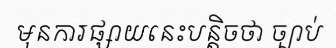
មុនការផ្សាយនេះបន្តិចថា ច្បាប់